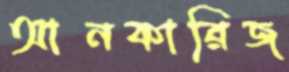
আনকারিজ